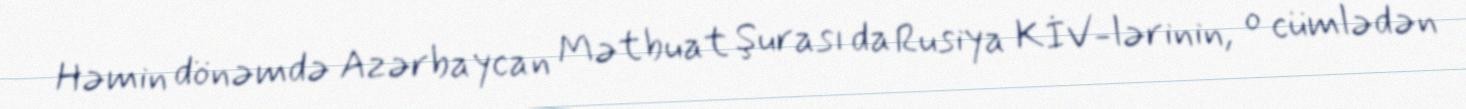
Həmin dönəmdə Azərbaycan Mətbuat Şurası da Rusiya KİV-lərinin, o cümlədən